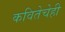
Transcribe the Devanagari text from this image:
कवितेचेही